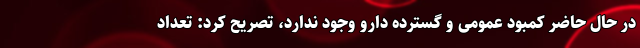
در حال حاضر کمبود عمومی و گسترده دارو وجود ندارد، تصریح کرد: تعداد